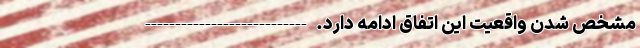
مشخص شدن واقعیت این اتفاق ادامه دارد. ---------------------------